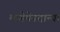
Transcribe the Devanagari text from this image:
मागेमेनदान्या